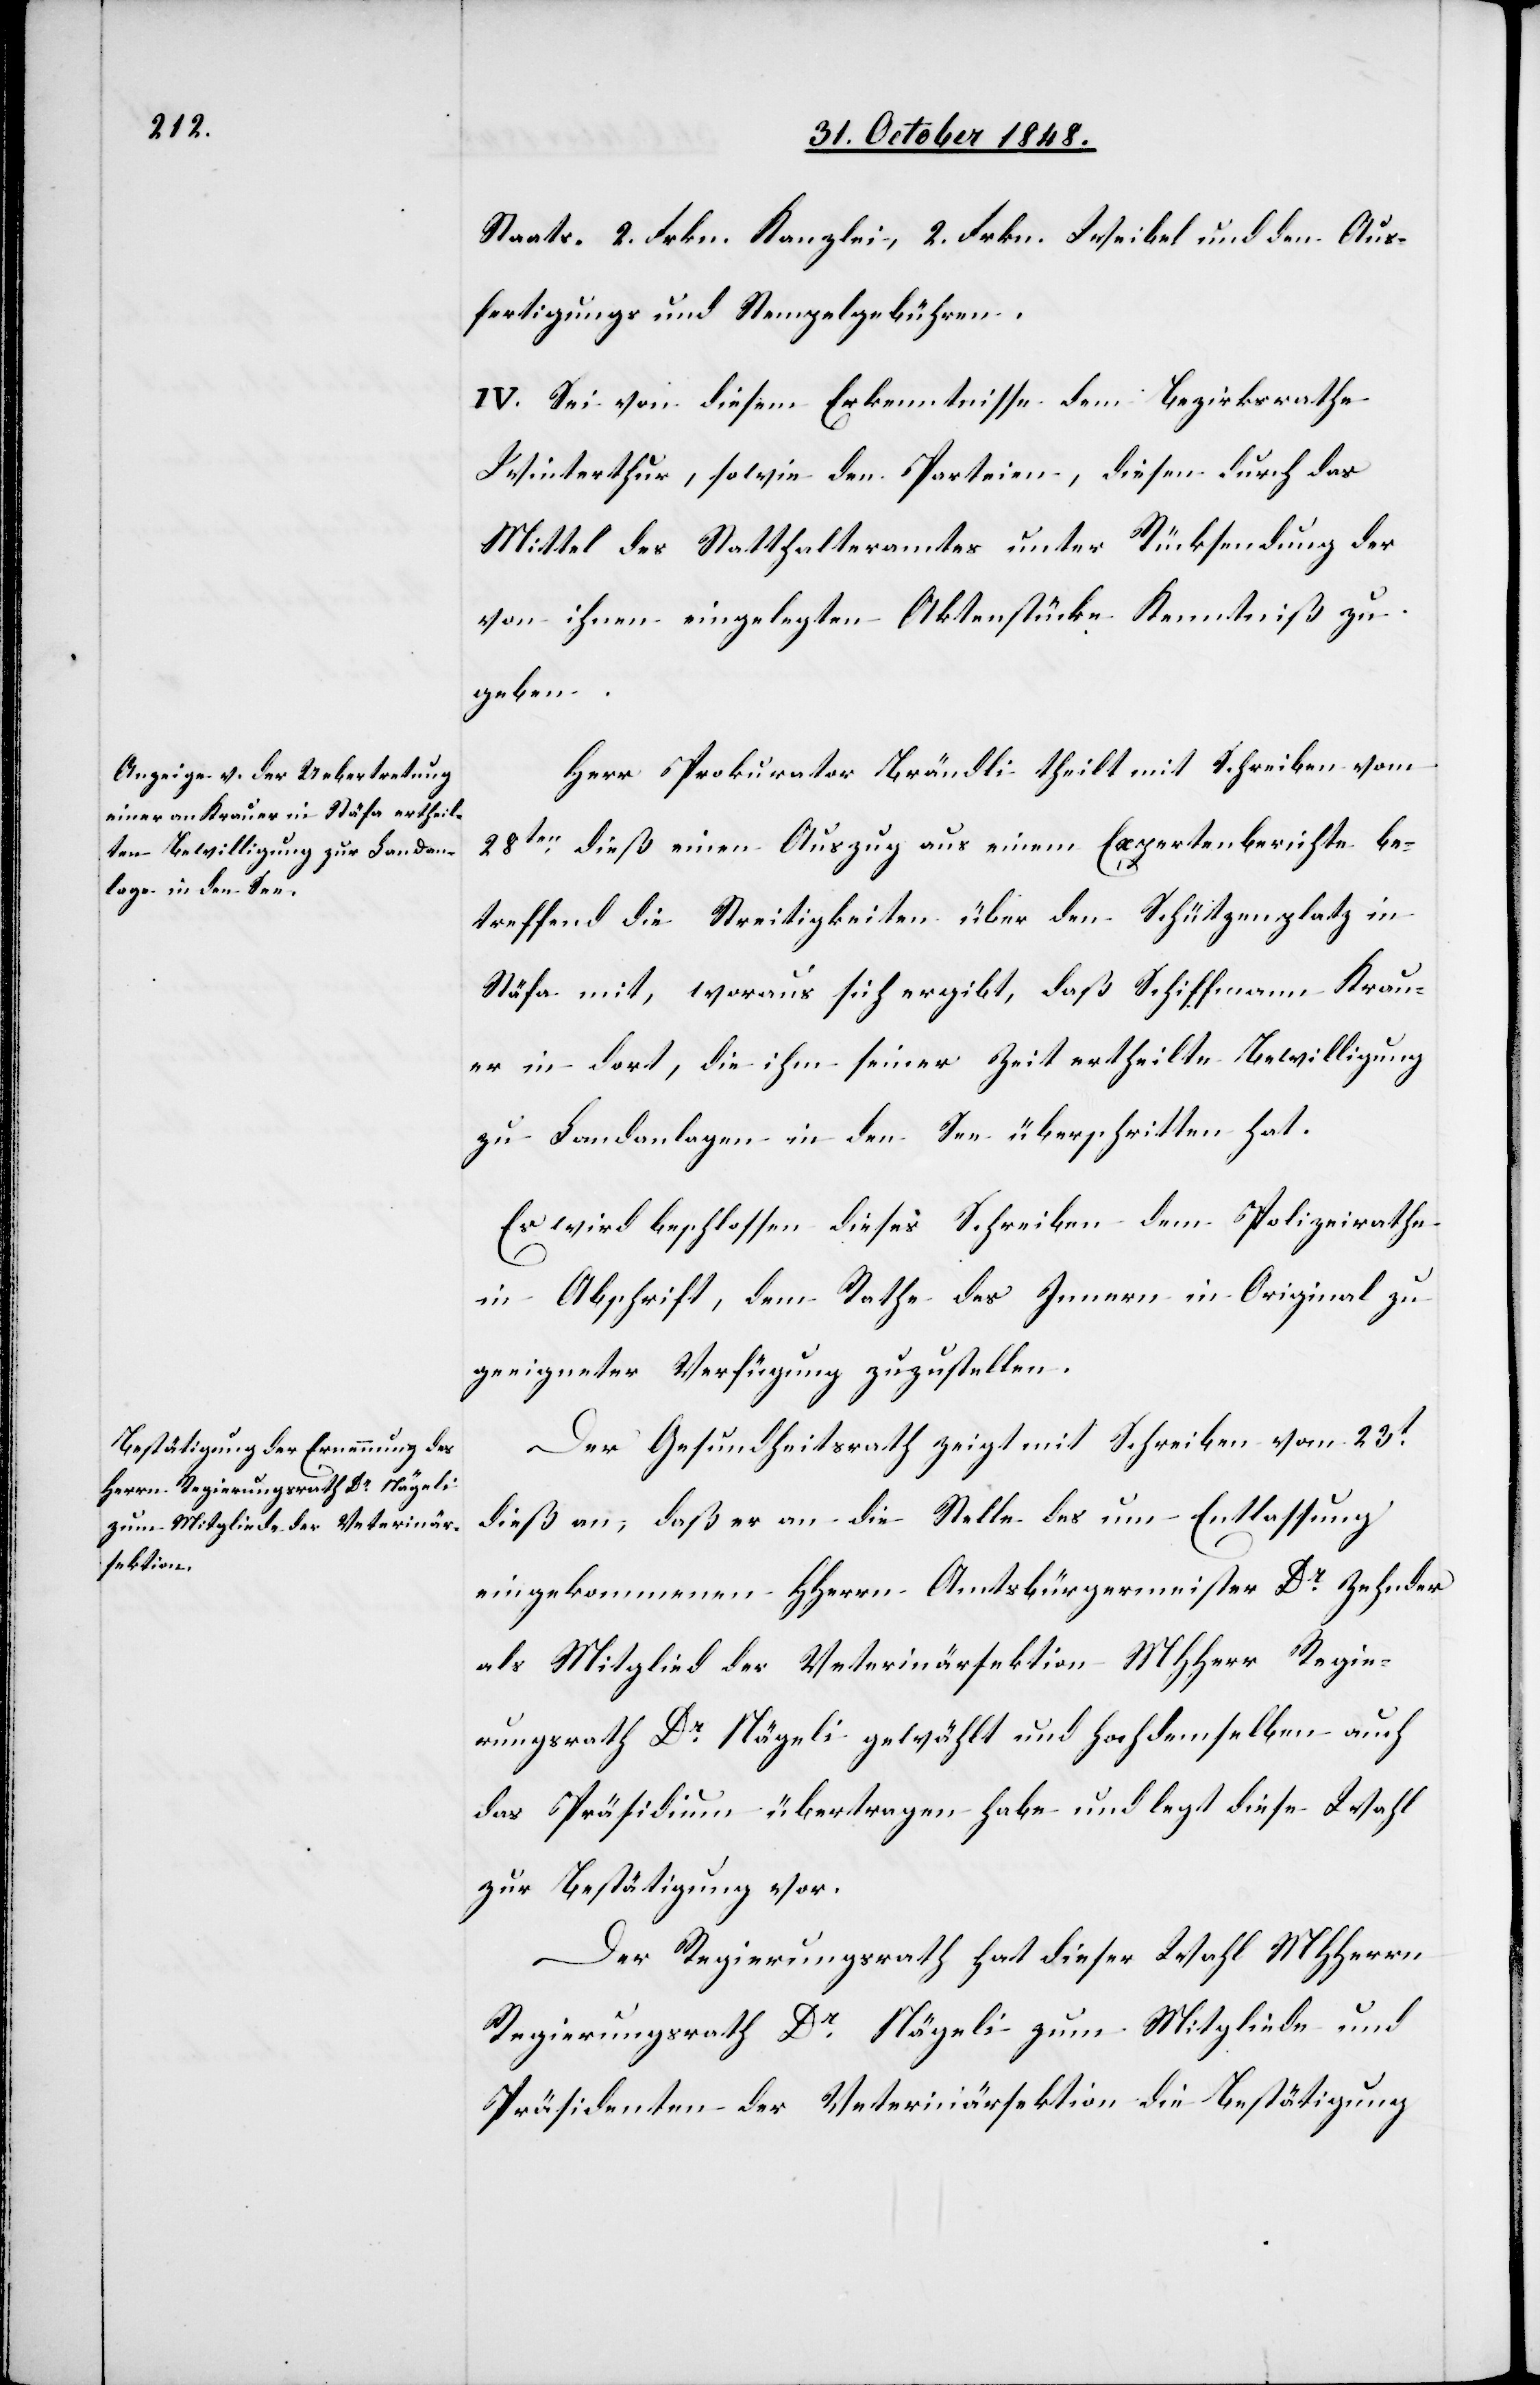
Staats- 2. Frkn. Kanzlei, 2. Frkn. Weibel und den Aus¬
fertigungs und Stempelgebühren.
IV. Sei von diesem Erkenntnisse dem Bezirksrathe
Winterthur, sowie den Parteien, diesen durch das
Mittel des Statthalteramtes unter Rücksendung der
von ihnen eingelegten Aktenstücke Kenntniß zu
geben.
Herr Prokurator Brändli theilt mit Schreiben vom
28ten dieß einen Auszug aus einem Expertenberichte be¬
treffend die Streitigkeit über den Schützenplatz in
Stäfa mit, woraus sich ergibt, daß Schiffmann Krau¬
er in dort, die ihm seiner Zeit ertheilte Bewilligung
zu Landanlagen in den See überschritten hat.
Es wird beschlossen dieses Schreiben dem Polizeirathe
in Abschrift, dem Rathe des Innern in Original zu
geeigneter Verfügung zuzustellen.
Der Gesundheitsrath zeigt mit Schreiben vom 23t
dieß an, daß er an die Stelle des um Entlassung
eingekommenen HHerrn Amtsbürgermeister Dr Zehnder
als Mitglied der Veterinärsektion MHHerr Regie¬
rungsrath Dr Nägeli gewählt und hochdemselben auch
das Präsidium übertragen habe und legt diese Wahl
zur Bestätigung vor.
Der Regierungsrath hat dieser Wahl MHHerren
Regierungsrath Dr Nägeli zum Mitgliede und
Präsidenten der Veterinärsektion die Bestätigung